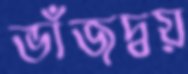
ভাঁজদ্বয়